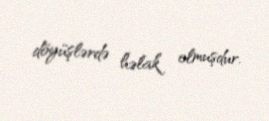
döyüşlərdə həlak olmuşdur.